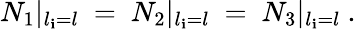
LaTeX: N_{1}|_{l_{\mathbf{i}}=l}~=~N_{2}|_{l_{\mathbf{i}}=l}{}~=~N_{3}|_{l_{\mathbf{i}}=l}~.